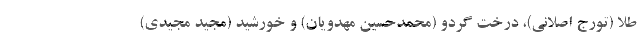
طلا (تورج اصلانی)، درخت گردو (محمدحسین مهدویان) و خورشید (مجید مجیدی)